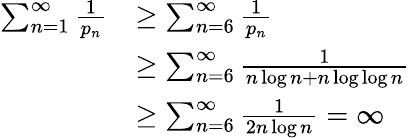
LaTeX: {\begin{array}{rl}{\sum_{n=1}^{\infty}{\frac{1}{p_{n}}}}&{\geq\sum_{n=6}^{\infty}{\frac{1}{p_{n}}}}\\ &{\geq\sum_{n=6}^{\infty}{\frac{1}{n\log n+n\log\log n}}}\\ &{\geq\sum_{n=6}^{\infty}{\frac{1}{2n\log n}}=\infty}\end{array}}